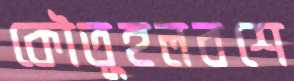
কৌতূহলবশে